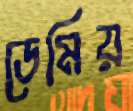
ডেমিয়